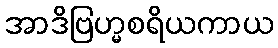
အာဒိဗြဟ္မစရိယကာယ